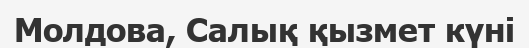
Молдова, Салық қызмет күні